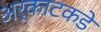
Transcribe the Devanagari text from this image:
अर्काटकडे